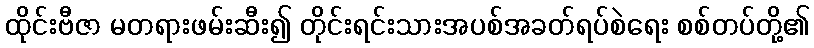
ထိုင်းဗီဇာ မတရားဖမ်းဆီး၍ တိုင်းရင်းသားအပစ်အခတ်ရပ်စဲရေး စစ်တပ်တို့၏